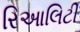
રિઆલિટી